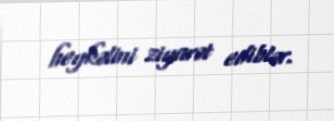
heykəlini ziyarət ediblər.